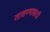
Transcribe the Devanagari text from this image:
तासण्यासाठी